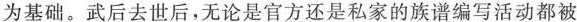
为基础。武后去世后，无论是官方还是私家的族谱编写活动都被